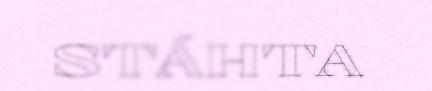
STÁHTA